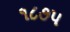
૧૮૭પ